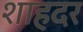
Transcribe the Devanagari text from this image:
शाहदर